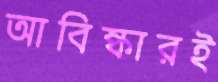
আবিষ্কারই